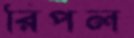
রিপল